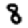
Digit: 8